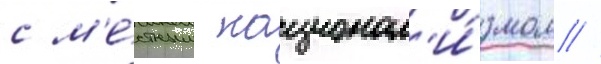
с м'е́стным национал'и́змом //